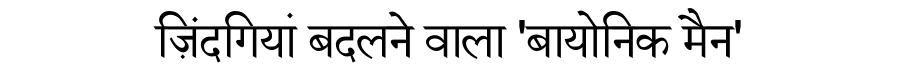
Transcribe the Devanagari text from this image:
ज़िंदगियां बदलने वाला 'बायोनिक मैन'